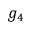
g _ { 4 }